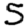
Digit: 5